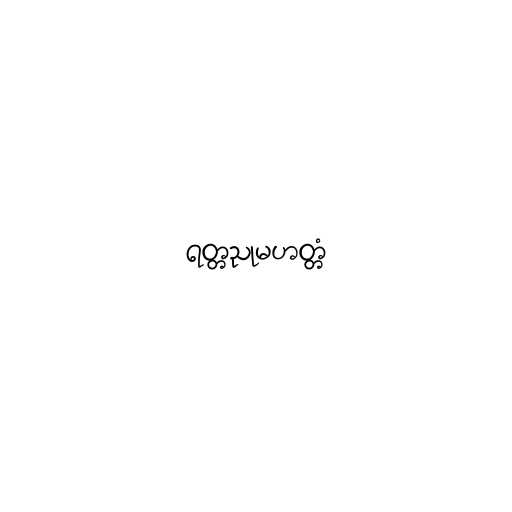
ရတ္တညုမဟတ္တံ